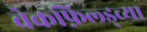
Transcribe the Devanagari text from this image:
वेकफ़िल्ड्च्या